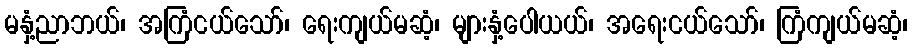
မနှံ့ညာဘယ်၊ အကြံငယ်သော်၊ ရေးကျယ်မဆံ့၊ များနှံ့ပေါယယ်၊ အရေးငယ်သော်၊ ကြံကျယ်မဆံ့၊